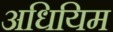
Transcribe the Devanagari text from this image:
अधियिम